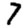
Digit: 7